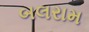
બલરામ